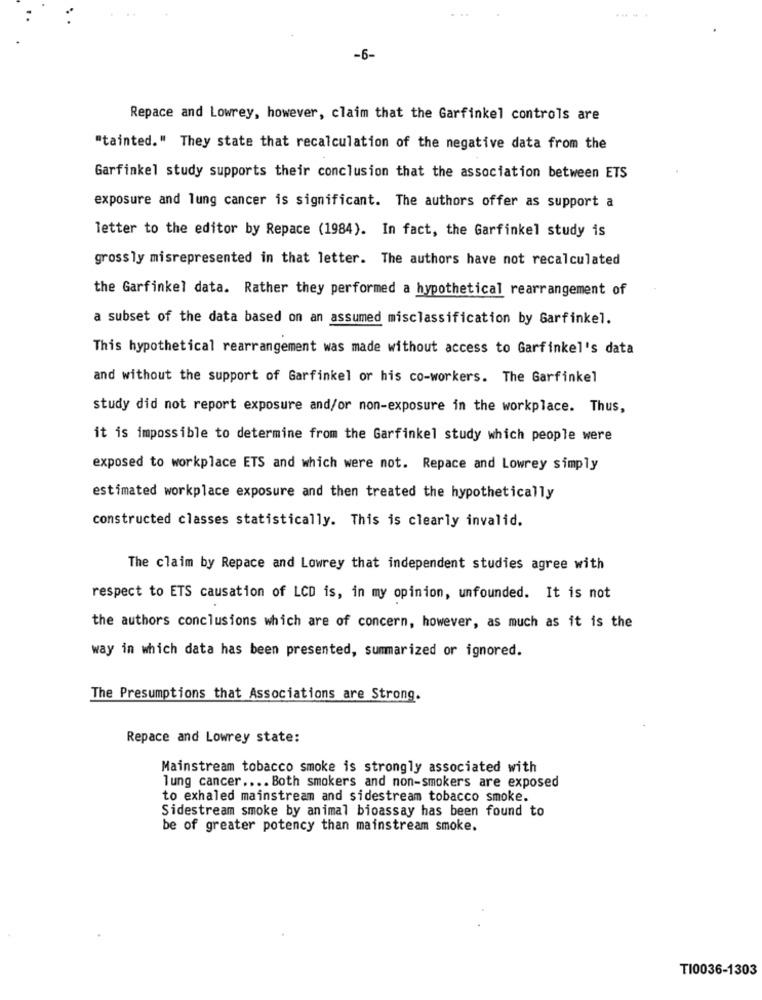
Repace and Lowrey, however, claim that the Garfinkel controls are
"tainted." They state that recalculation of the negative data from the
Garfinkel study supports their conclusion that the association between ETS
exposure and lung cancer is significant. The authors offer as support a
letter to the editor by Repace (1984). In fact, the Garfinkel study is
grossly misrepresented in that letter. The authors have not recalculated
the Garfinkel data. Rather they performed a hypothetical rearrangement of
a subset of the data based on an assumed misclassification by Garfinkel.
This hypothetical rearrangement was made without access to Garfinkel's data
and without the support of Garfinkel or his co-workers. The Garfinkel
study did not report exposure and/or non-exposure in the workplace. Thus,
it is impossible to determine from the Garfinkel study which people were
exposed to workplace ETS and which were not. Repace and Lowrey simply
estimated workplace exposure and then treated the hypothetically
constructed classes statistically. This is clearly invalid.
The claim by Repace and Lowrey that independent studies agree with
respect to ETS causation of LCD is, in my opinion, unfounded. It is not
the authors conclusions which are of concern, however, as much as it is the
way in which data has been presented, summarized or ignored.
The Presumptions that Associations are Strong.
Repace and Lowrey state:
Mainstream tobacco smoke is strongly associated with
lung cancer .... Both smokers and non-smokers are exposed
to exhaled mainstream and sidestream tobacco smoke.
Sidestream smoke by animal bioassay has been found to
be of greater potency than mainstream smoke.
TI0036-1303